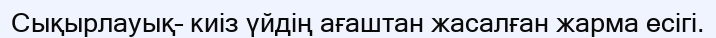
Сықырлауық– киіз үйдің ағаштан жасалған жарма есігі.